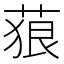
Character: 𦴭